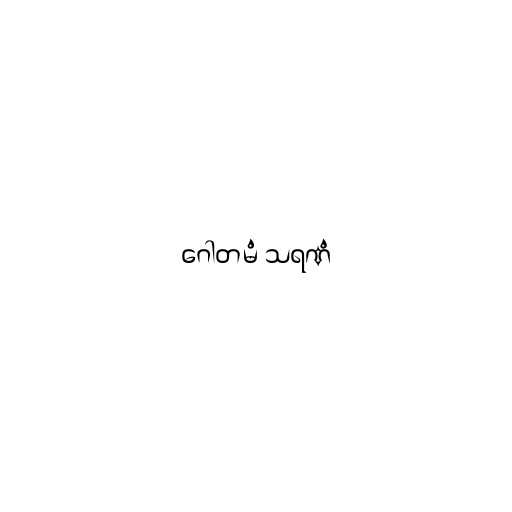
ဂေါတမံ သရဏံ